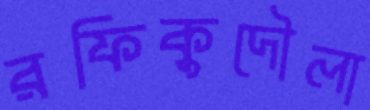
রফিকুদৌলা